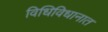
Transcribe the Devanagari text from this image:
विधिविधानात